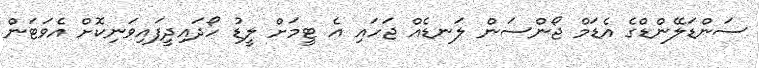
ސަންޑަލޭންޑްގެ އެޑަމް ޖޯންސަން ލަނޑެއް ޖަހައި އެ ޓީމަށް ލީޑު ހޯދައިދީފައިވަނިކޮށް އެވަޓަން